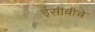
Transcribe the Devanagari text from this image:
ईसीबीचे